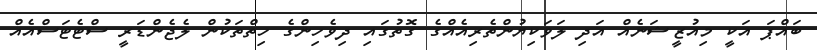
ބައްޕަ އަކީ މިއުޒީޝަނެއް އަދި ލަވަކިޔުންތެރިއެއްގެ ގޮތުގައި ދިވެހިންގެ ހިތްތަކުން ލެޖެންޑަރީ ސްޓެޓަސްއެއް